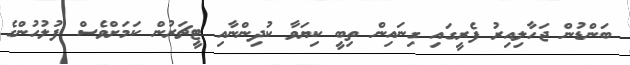
ބަންޑުން ޖަހާލިއިރު ފެރީގައި ގިނައިން ތިބީ ކިޔަވާ ކުދިންނާއި ޓީޗަރުން ކަމަށްވެސް ފުލުހުންގެ